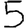
Digit: 5